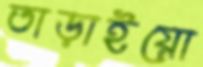
তাড়াইয়ো